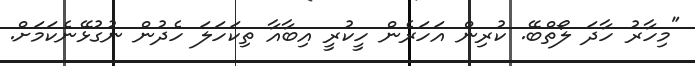
"މިހާރު ހާދަ ލޯތްބޭ. ކުރިން އަހަރެން ހީކުރީ އިބާއާ ތިކަހަލަ ހެދުން ނުގުޅޭނެކަމަށް.